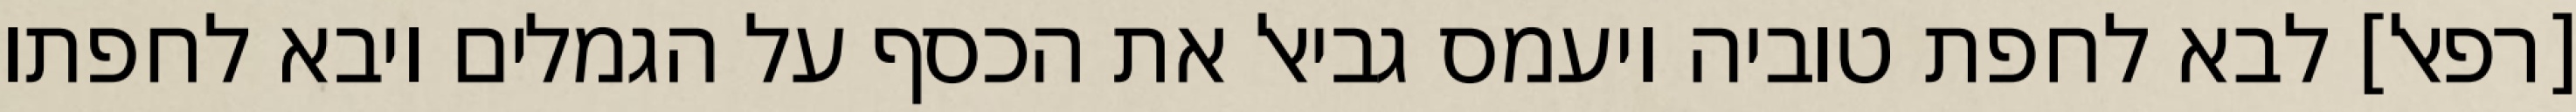
[רפאל] לבא לחפת טוביה ויעמס גביאל את הכסף על הגמלים ויבא לחפתו